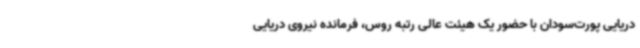
دریایی پورت‌سودان با حضور یک هیئت عالی رتبه روس، فرمانده نیروی دریایی